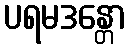
ပရမဒန္တော